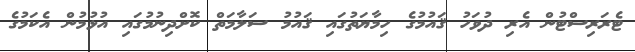
ޓެރަރިސްޓުން އެރި ދުވަހު ޤައުމުގެ ހިމާޔަތުގައި ޤައުމު ސަލާމަތް ކޮށްދިނުމުގައި އުޅުމުން އެކަމުގެ